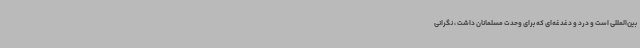
بین‌المللی است و درد و دغدغه‌ای که برای وحدت مسلمانان داشت ، نگرانی